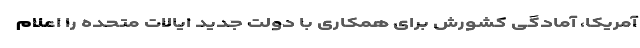
آمریکا، آمادگی کشورش برای همکاری با دولت جدید ایالات متحده را اعلام